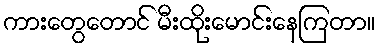
ကားတွေတောင် မီးထိုးမောင်းနေကြတာ။